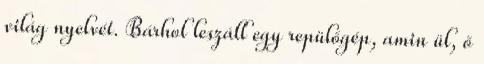
világ nyelvét. Bárhol leszáll egy repülőgép, amin ül, ő